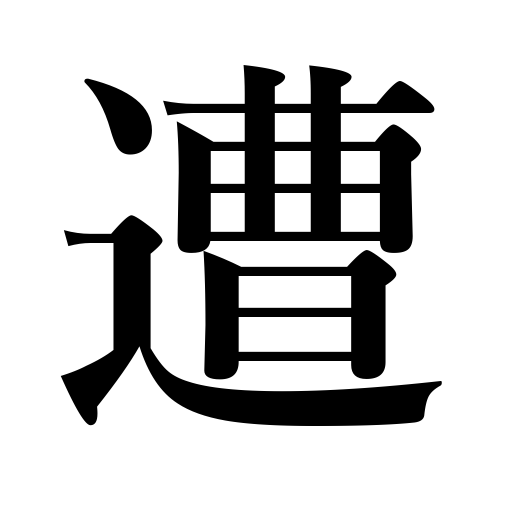
Meanings: meet,interview